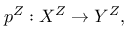
p ^ { Z } : X ^ { Z } \to Y ^ { Z } ,